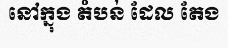
នៅក្នុង តំបន់ ដែល តែង